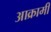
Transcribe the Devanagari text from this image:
आक्रामी